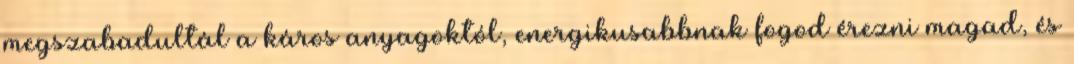
megszabadultál a káros anyagoktól, energikusabbnak fogod érezni magad, és